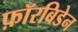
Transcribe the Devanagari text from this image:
फ़ॉरबिडेन